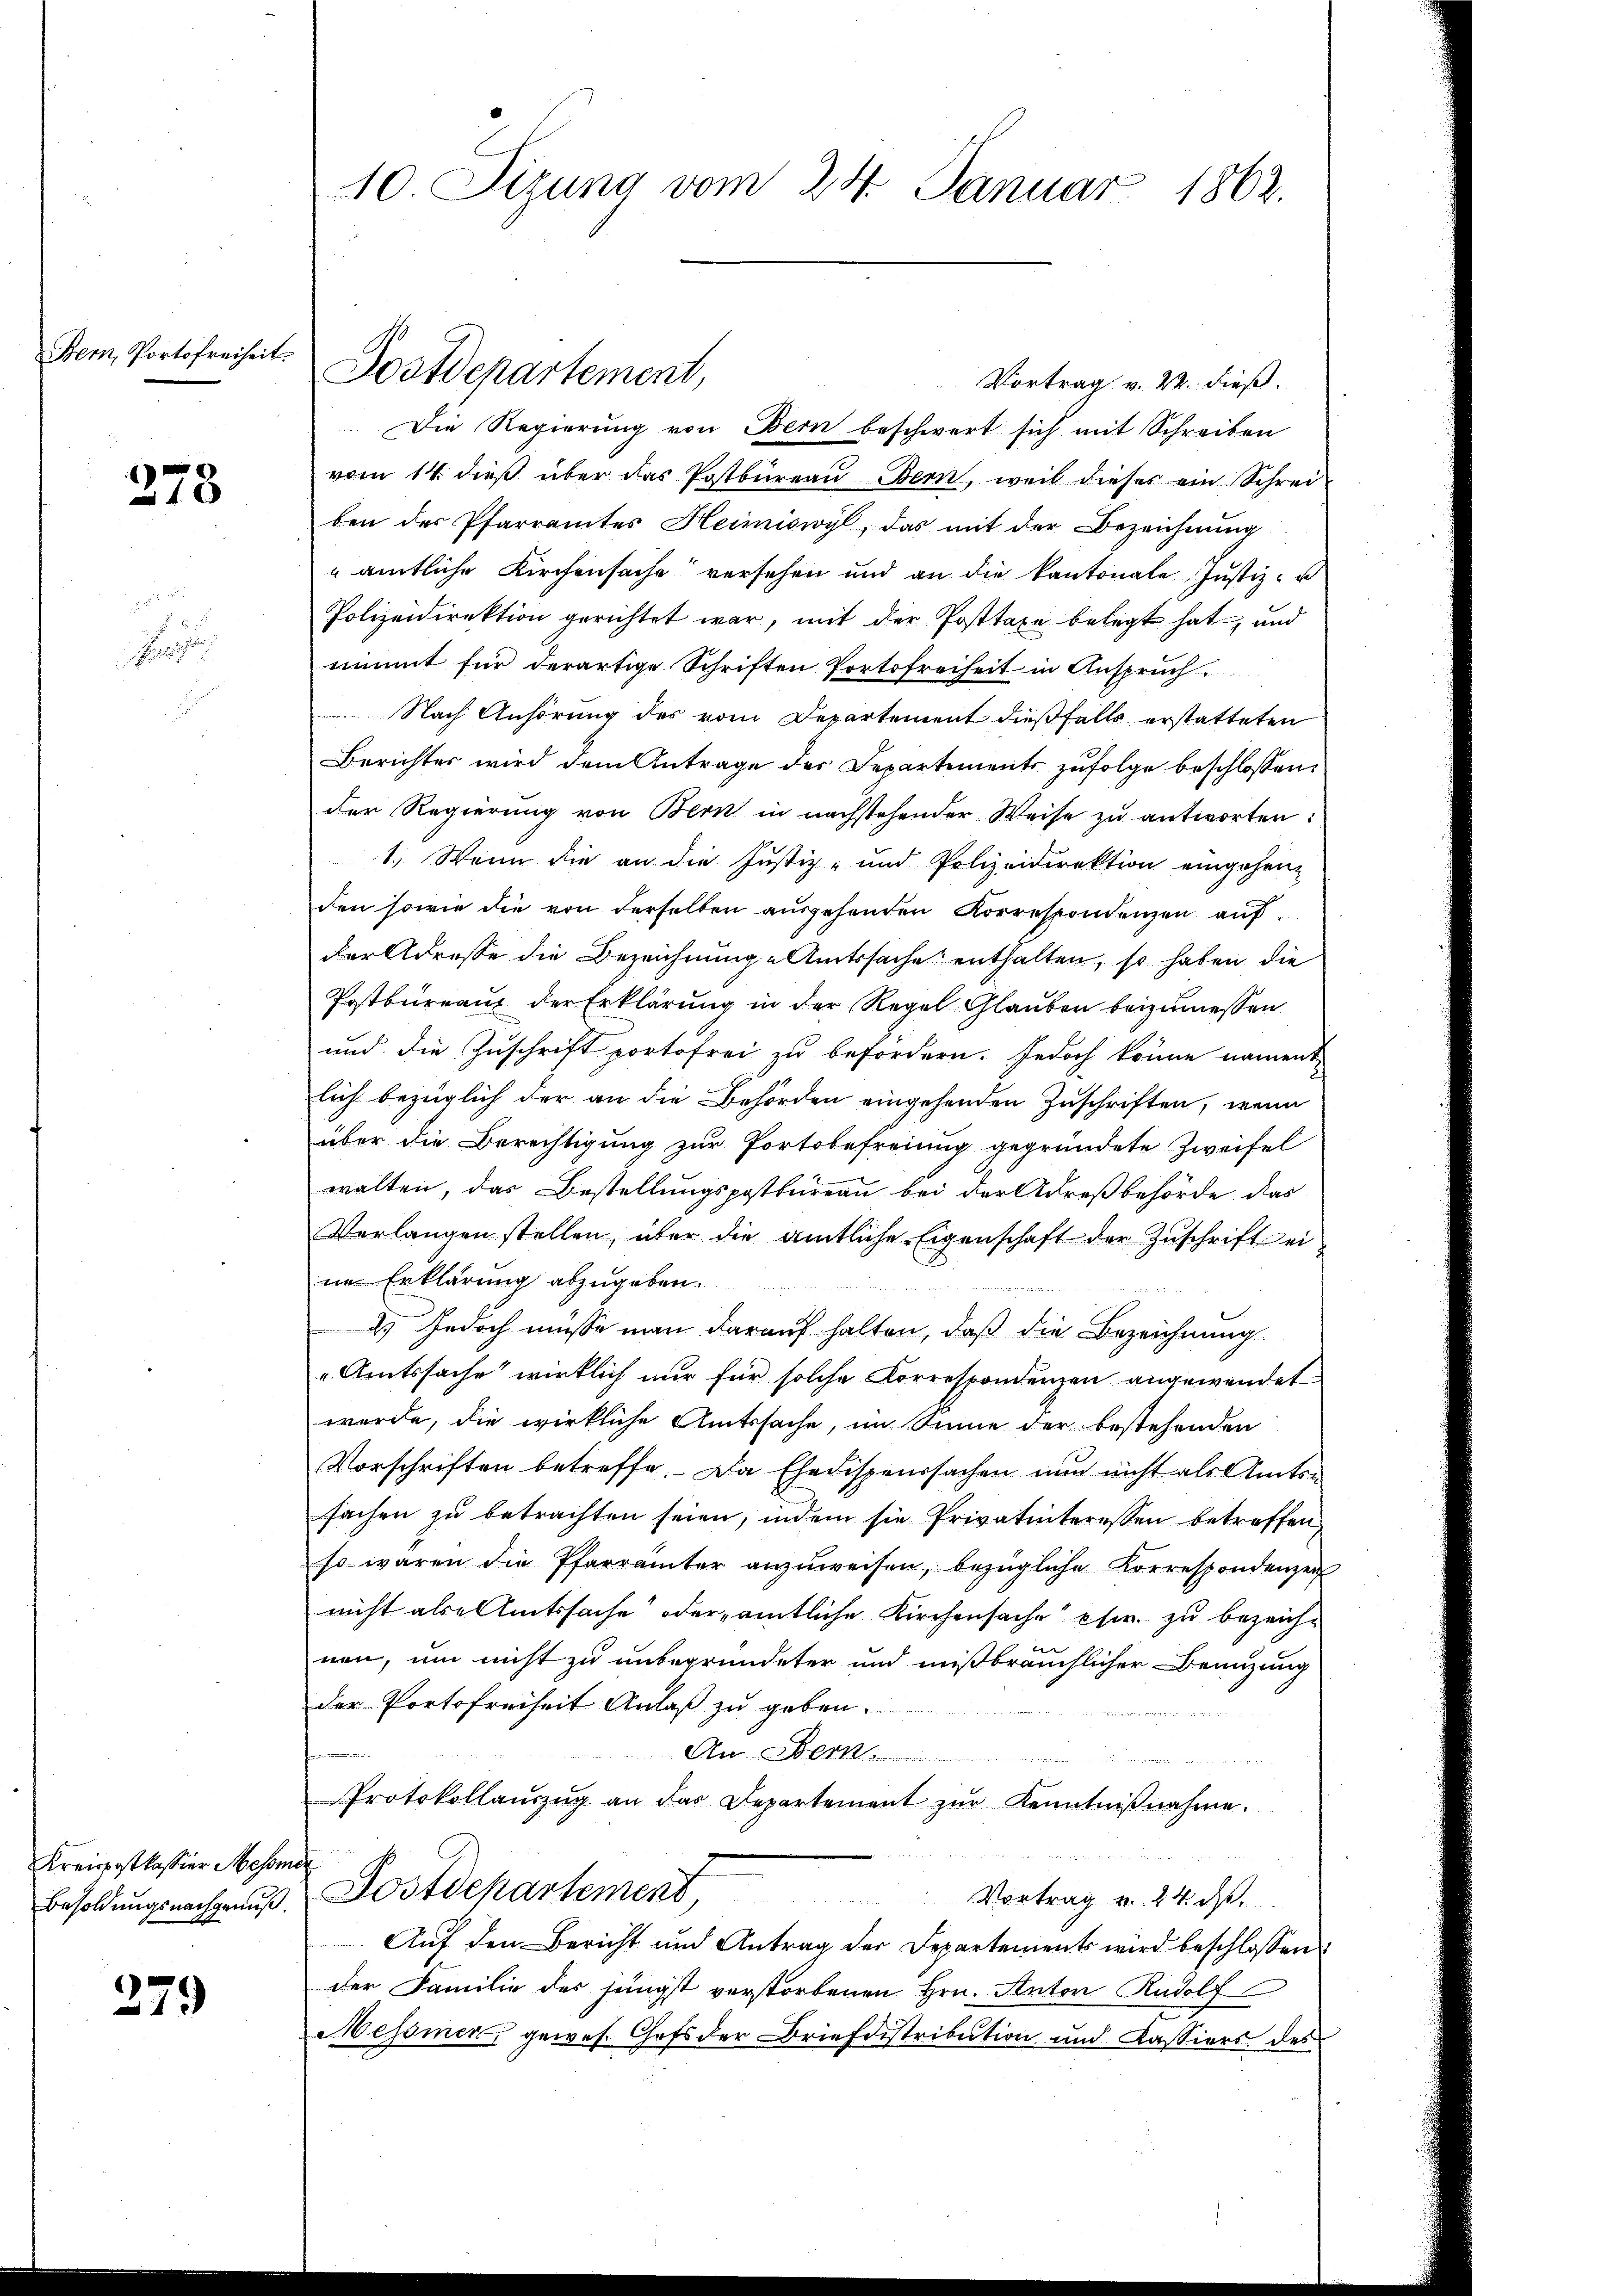
Bern, Portofreiheit.

278

Kreispostkassier Mesome
Besoldungsnachgenuß.

279

10 Sizung vom 24. Januar 1862.

Vortrag v. 22. dieß.
Die Regierŭng von Bern beschwert sich mit Schreiben
vom 14. dieβ über das Postbüreaŭ Bern, weil dieses ein Schrei-
ben der Pfarramtes Heimiswyl, das mit der Bezeichnung
amtliche Kirchensache“ versehen und an die kantonale Justiz- u
Polizeidirektion gerichtet war, mit der Posttaxe belegt hat, und
nimmt für derartige Schriften Portofreiheit in Anspruch.
Nach Anhörung des vom Departement dießfalls erstatteten
Berichter wird dem Antrage des Departements zufolge beschlossen:
der Regierung von Bern in nachstehender Weise zu antworten:
1. Wenn die an die Justiz- und Polizeidirektion eingehen
den sowie die von derselben ausgehenden Korrespondenzen auf
der Adresse die Bezeichnung Amtssache enthalten, so haben die
Postbureaus der Erklärung in der Regel Glauben beizumessen
und die Zuschrift portofrei zu befördern. Jedoch könne nament
lich bezüglich der an die Behörden eingehenden Zuschriften, wenn
über die Berechtigung zur Portobefreiung gegründete Zweifel
walten, das Bestellungspostbureau bei der Adresbehörde, das
Verlangen stellen, über die amtliche Eigenschaft der Zŭschrift ei
ie Erklärung abzugeben.
2) Jedoch müsse man darauf halten, daß die Bezeichnung
Amtssache wirklich nur für solche Korrespondenzen angewendet
wuerde, die wirkliche Amtssache, im Sinne der bestehenden
Vorschriften betreffe. Da Ehedispeursachen nun nicht als Amtsn
sachen zŭ betrachten seien, indem sie Privatinteressen betreffen,
so waren die Pfarrämter anzŭweisen, bezügliche Korrespondenzeit
nicht als Amtssache oder amtliche Kirchensache es zu bezeiche
nen, um nicht zu unbegründeter und mißbräuchlicher Benuzung
der Portofreiheit Anlaß zu geben.
An. Bern.
u
Protokollaŭszŭg an das Departement zŭr Kenntniβnahme.
Dostdepartement,
Vortrag v. 24. d.
Auf den Bericht und Antrag der Departements wird beschlossen:
der Familie des jüngst verstorbenen Hrn. Autor Rudolf
Messner, gewes. Chefs der Briefdistribution und Kassiers des

Postdepartement,